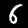
Digit: 6